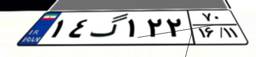
۴۸گ۱۰۹۰۰